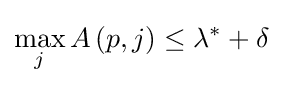
\max _{j}A\left(p,j\right)\leq \lambda ^{*}+\delta